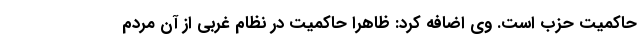
حاکمیت حزب است. وی اضافه کرد: ظاهرا حاکمیت در نظام غربی از آن مردم